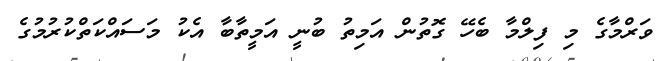
ވަރްމާގެ މި ފިލްމާ ބެހޭ ގޮތުން އަމިތު ބުނީ އަމީތާބާ އެކު މަސައްކަތްކުރުމުގެ